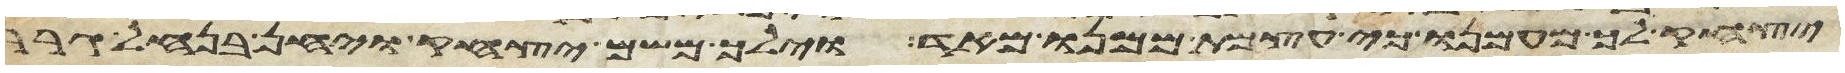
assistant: יצחק לך מעמנו כי עצמת ממנו מאד וילך משם יצחק ויחן בנחל גרר